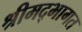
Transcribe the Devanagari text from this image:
श्रीमद्भागत